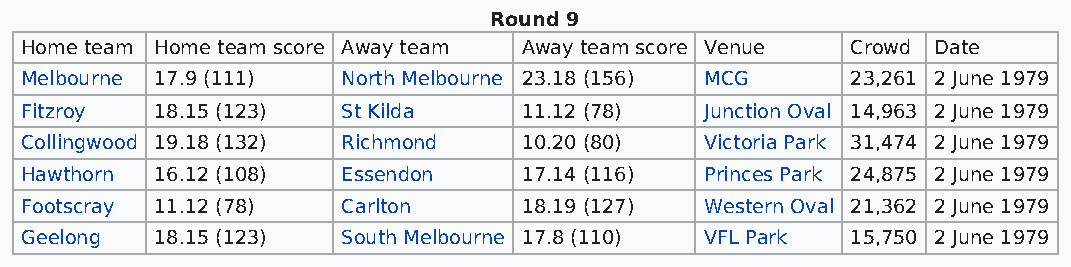
Round 9
 Home team Home team score Away team Away team score Venue Crowd Date
 Melbourne 17.9 (111)  North Melbourne 23.18 (156) MCG  23,261 2 June 1979
 Fitzroy  18.15 (123)  St Kilda    11.12 (78)  Junction Oval 14,963 2 June 1979
 Collingwood 19.18 (132) Richmond  10.20 (80)  Victoria Park 31,474 2 June 1979
 Hawthorn 16.12 (108)  Essendon    17.14 (116) Princes Park 24,875 2 June 1979
 Footscray 11.12 (78)  Carlton     18.19 (127) Western Oval 21,362 2 June 1979
 Geelong  18.15 (123)  South Melbourne 17.8 (110) VFL Park 15,750 2 June 1979